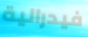
فيدرالية